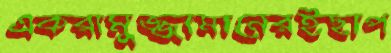
একরামুজ্জামানেরইছাপ